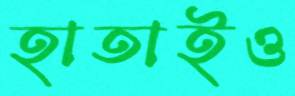
হাতাইও